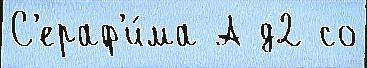
С'ераф'и́ма А д2 со